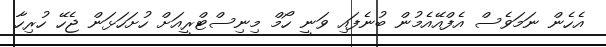
އެހެން ނަމަވެސް އެފްއޭއެމުން ބުނެފައި ވަނީ ހޯމް މިނިސްޓްރީއަށް ހުށަހަޅަން ޖެހޭ ހުރިހާ